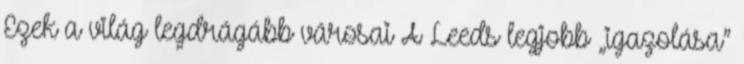
Ezek a világ legdrágább városai A Leeds legjobb „igazolása”